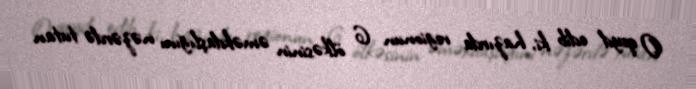
O qeyd edib ki, hazırda regionun 6 ölkəsinin əməkdaşlığını nəzərdə tutan